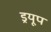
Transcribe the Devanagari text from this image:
ड्रयूप